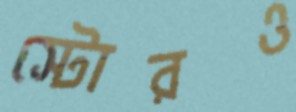
স্টোরও